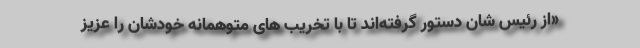
«از رئیس شان دستور گرفته‌اند تا با تخریب های متوهمانه خودشان را عزیز